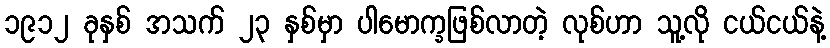
၁၉၁၂ ခုနှစ် အသက် ၂၃ နှစ်မှာ ပါမောက္ခဖြစ်လာတဲ့ လုစ်ဟာ သူ့လို ငယ်ငယ်နဲ့